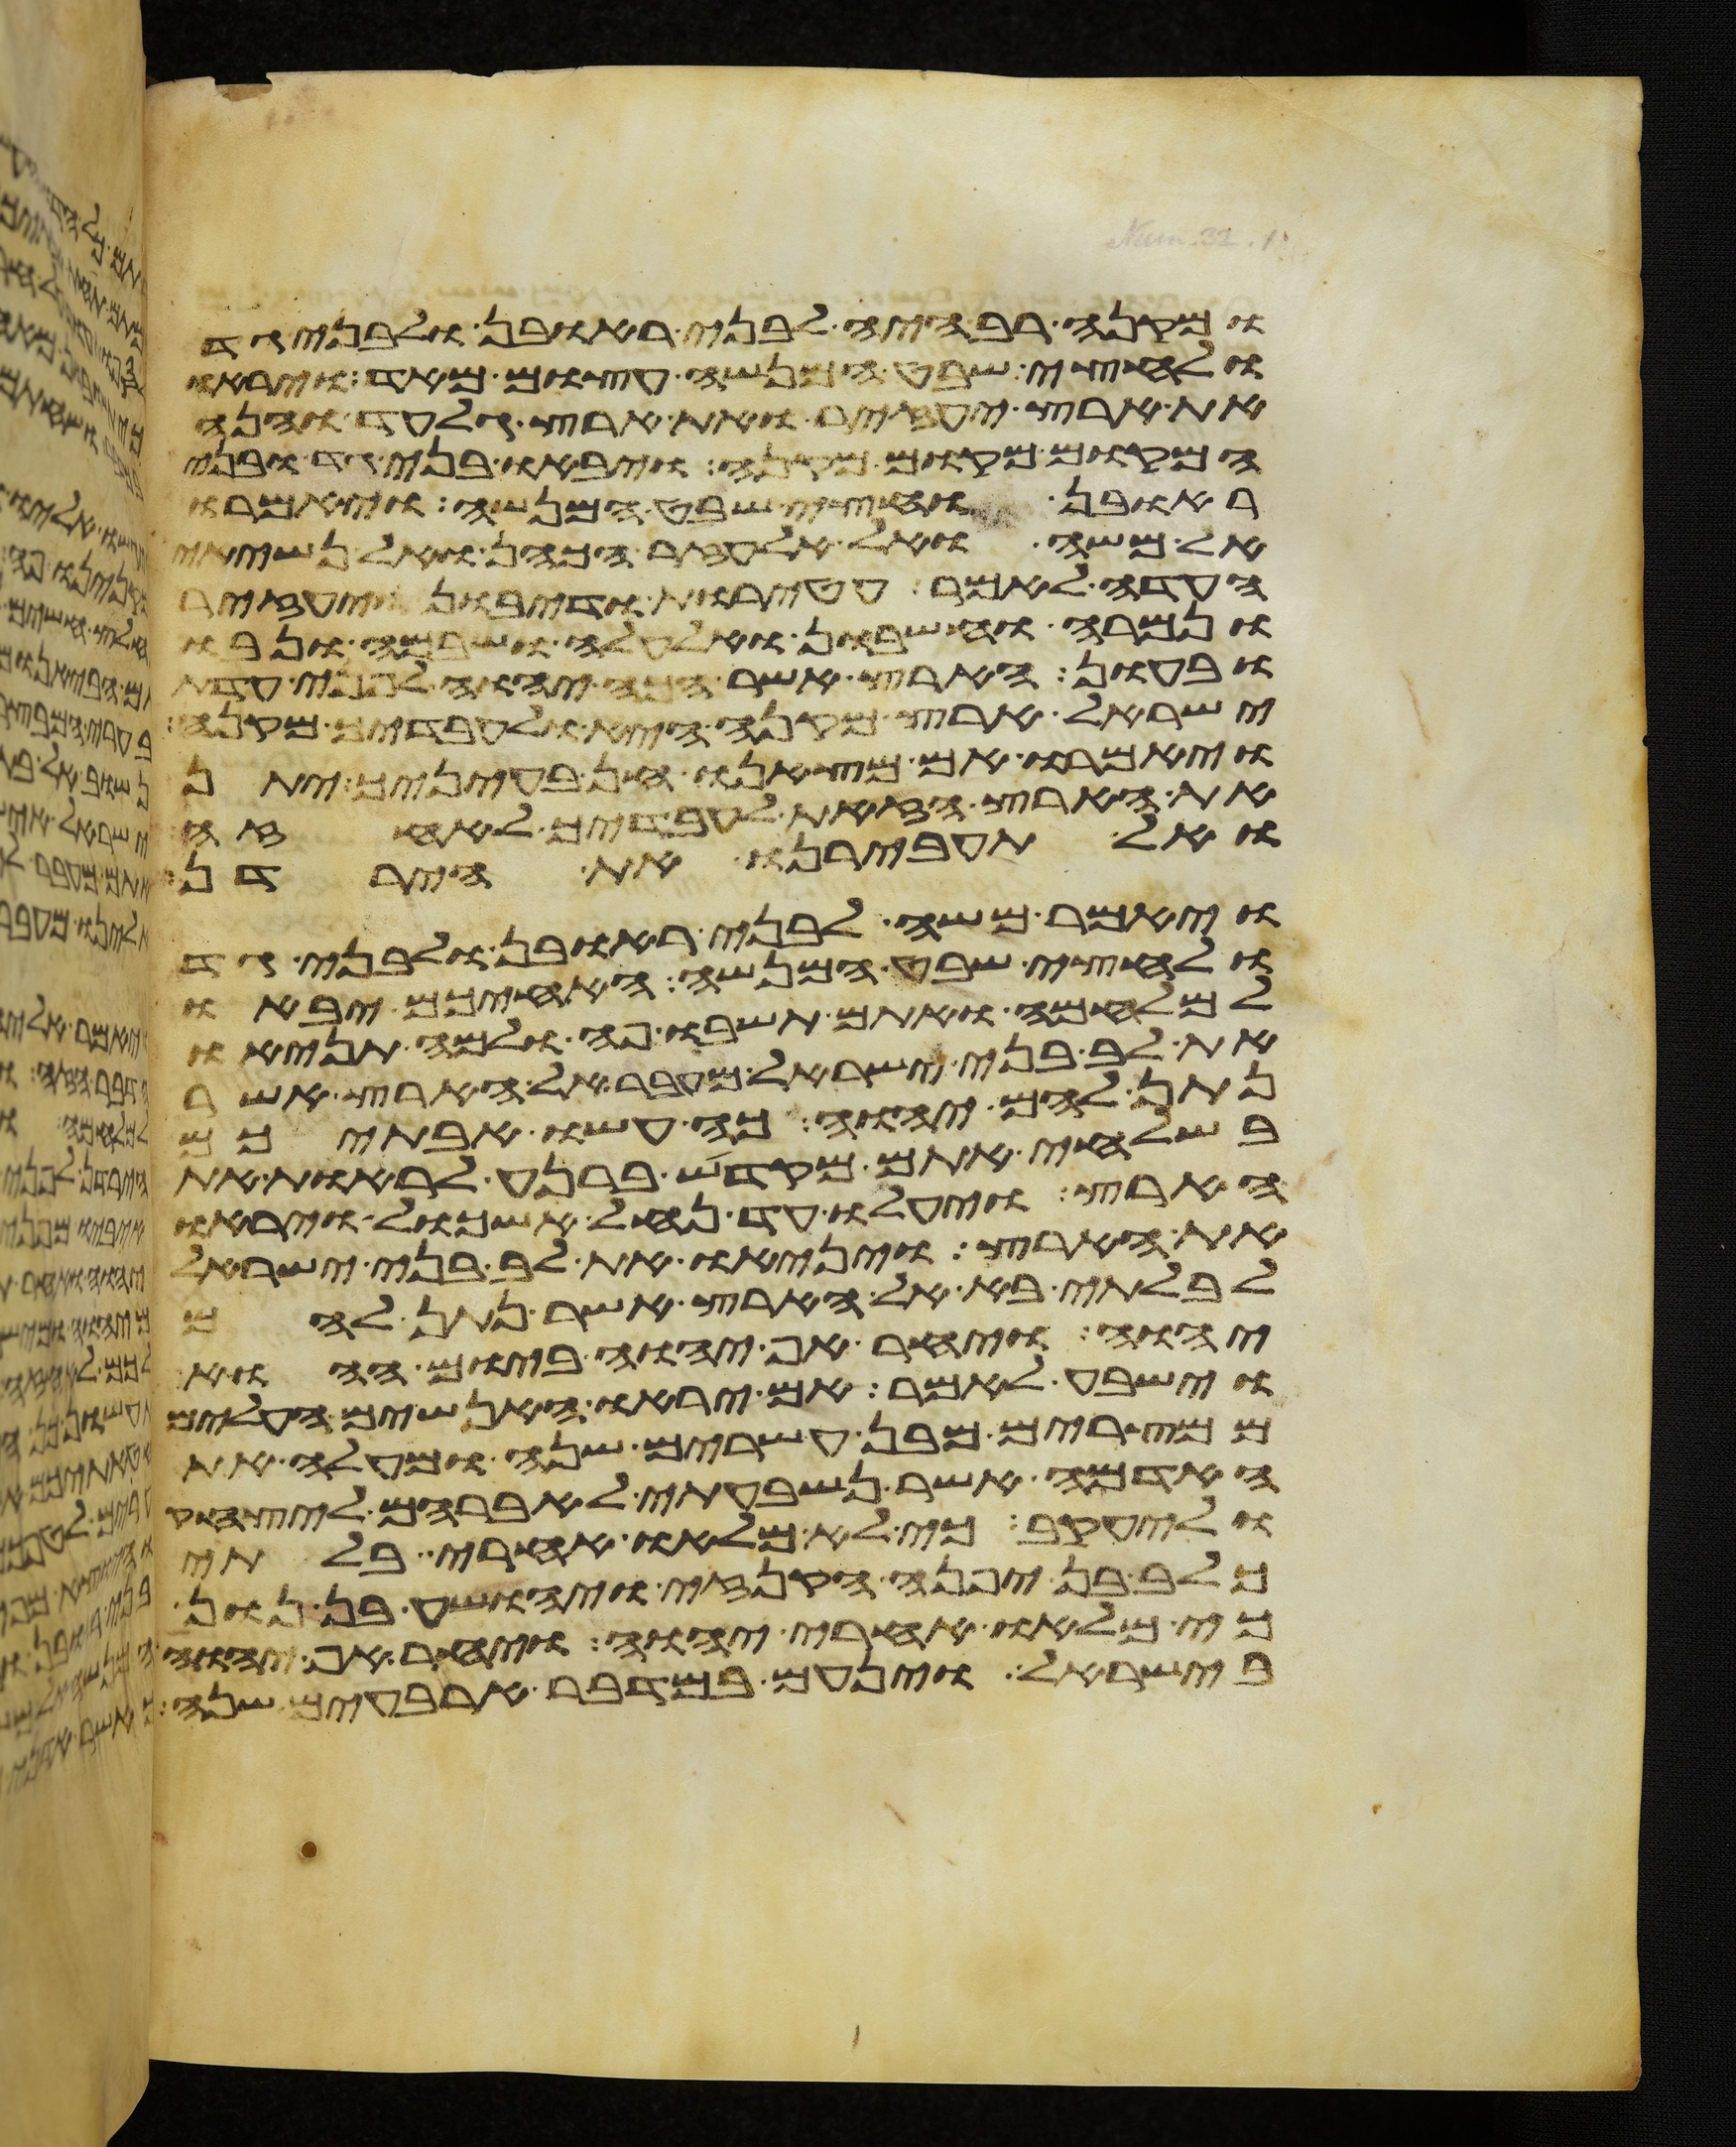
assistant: ומקנה רב היה לבני ראובן ולבני גד
ולחצי שבט המנשה עצום מאד ויראו
את ארץ יעזיר ואת ארץ גלעד והנה
המקום מקום מקנה ויבאו בני גד ובני
ראובן וחצי שבט המנשה ויאמרו
אל משה ואל אלעזר הכהן ואל נשיאי
העדה לאמר עטרות ודיבון ויעזיר
ונמרה וחשבון ואלעלה ושבם ונבו
ובעון הארץ אשר הכה יהוה לפני עדת
ישראל ארץ מקנה היא ולעבדיך מקנה
ויאמרו אם מצאנו חן בעיניך יתן
את הארץ הזאת לעבדיך לאחזה
ואל תעבירנו את הירדן
ויאמר משה לבני ראובן ולבני גד
ולחצי שבט המנשה האחיכם יבאו
למלחמה ואתם תשבו פה ולמה תניאו
את לב בני ישראל מעבר אל הארץ אשר
נתן להם יהוה כה עשו אבתיכם
בשלחי אתם מקדש ברנע לראות את
הארץ ויעלו עד נחל אשכול ויראו
את הארץ ויניאו את לב בני ישראל
לבלתי בא אל הארץ אשר נתן להם
יהוה ויחר אף יהוה ביום ההוא
וישבע לאמר אם יראו האנשים העלים
ממצרים מבן עשרים שנה ומעלה את
האדמה אשר נשבעתי לאברהם ליצחק
וליעקב כי לא מלאו אחרי בלתי
כלב בן יפנה הקנזי ויהושע בן נון
כי מלאו אחרי יהוה ויחר אף יהוה
בישראל וינעם במדבר ארבעים שנה